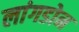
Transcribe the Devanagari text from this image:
लांगडोन